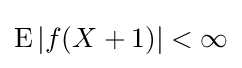
\operatorname {E} |f(X+1)|<\infty